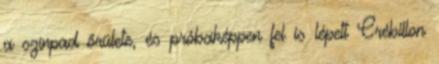
a színpad őrülete, és próbaképpen fel is lépett Crébillon